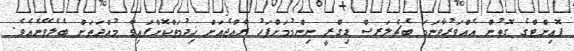
ޕޮއިންޓްގެ ގޮތުން އެއްވަރުވާނަމަ ބެޗެލަރސް ޑިގްރީ ނިންމުމަށްފަހު ރާއްޖެއަށް ޚިދުމަތްކޮށްފައިވާ މުއްދަތަށް ބެލެވޭނެއެވެ.